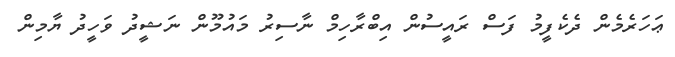
ޢަހަރެމެން ދެކެފީމު ފަސް ރައީސުން އިބްރާހިމް ނާސިރު މައުމޫން ނަޝީދު ވަހީދު ޔާމިން